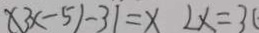
\times 3 x - 5 ) - 3 1 = x 2 x = 3 (